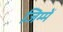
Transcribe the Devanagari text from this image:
जिम्में